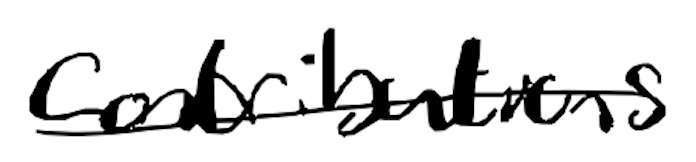
Text: contributions
Cross-out: single-line
Writing tool: digital_black